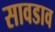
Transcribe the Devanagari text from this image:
सावडाव